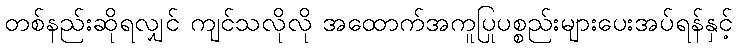
တစ်နည်းဆိုရလျှင် ကျင်သလိုလို အထောက်အကူပြုပစ္စည်းများပေးအပ်ရန်နှင့်